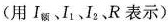
(用I_{额}、I_{1}、I_{2}，R表示)